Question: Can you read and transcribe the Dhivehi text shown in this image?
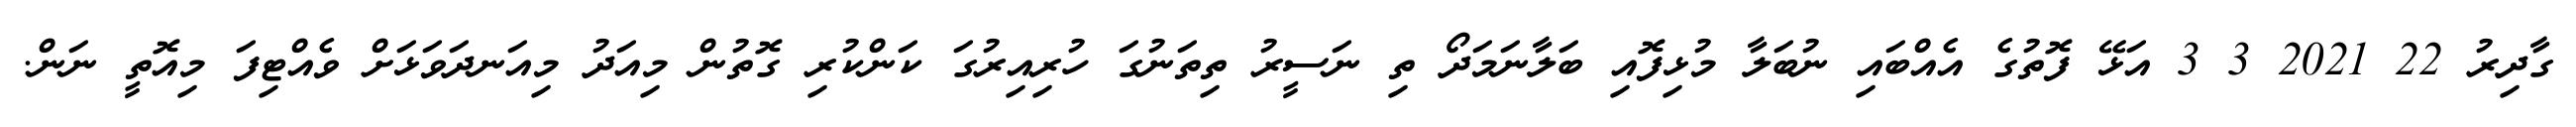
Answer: ގާދިރު 22 2021 3 3 އަޅޭ ފޮތުގެ އެއްބައި ނުބަލާ މުޅިފޮއި ބަލާނަމަދޯ ތި ނަސީރު ތިތަނުގަ ހުރިއިރުގަ ކަންކުރި ގޮތުން މިއަދު މިއަނދަވަޅަށް ވެއްޓިފަ މިއޮތީ ނަން.